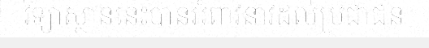
វិទ្យាស្ថាននេះបានអំពាវនាវដល់ប្រជាជន